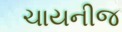
ચાયનીજ